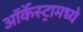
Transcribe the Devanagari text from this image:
ऑर्केस्ट्रामध्ये